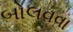
બોલવવા